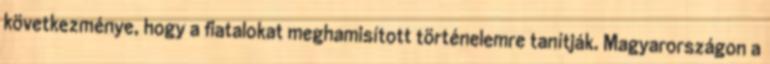
következménye, hogy a fiatalokat meghamisított történelemre tanítják. Magyarországon a